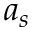
a _ { s }